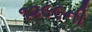
૧૨૯૯ની